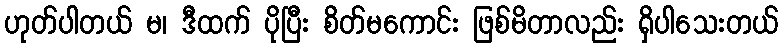
ဟုတ်ပါတယ် မ၊ ဒီထက် ပိုပြီး စိတ်မကောင်း ဖြစ်မိတာလည်း ရှိပါသေးတယ်